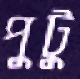
পুটু